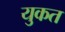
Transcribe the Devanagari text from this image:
युकत